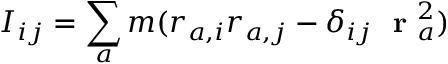
I _ { i j } = \sum _ { a } m ( r _ { a , i } r _ { a , j } - \delta _ { i j } \mathrm { ~ \bf ~ r ~ } _ { a } ^ { 2 } )